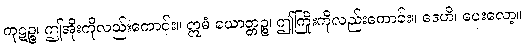
ကုဋဉ္စ၊ ဤအိုးကိုလည်းကောင်း။ ဣမံ ယောတ္တဉ္စ၊ ဤကြိုးကိုလည်းကောင်း။ ဒေဟိ၊ ပေးလော့။